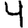
Digit: 4